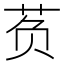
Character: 𰰷